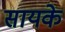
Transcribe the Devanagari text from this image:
सायके